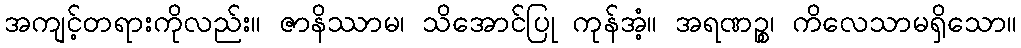
အကျင့်တရားကိုလည်း။ ဇာနိဿာမ၊ သိအောင်ပြု ကုန်အံ့။ အရဏဉ္စ၊ ကိလေသာမရှိသော။